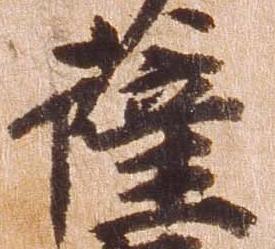
薩